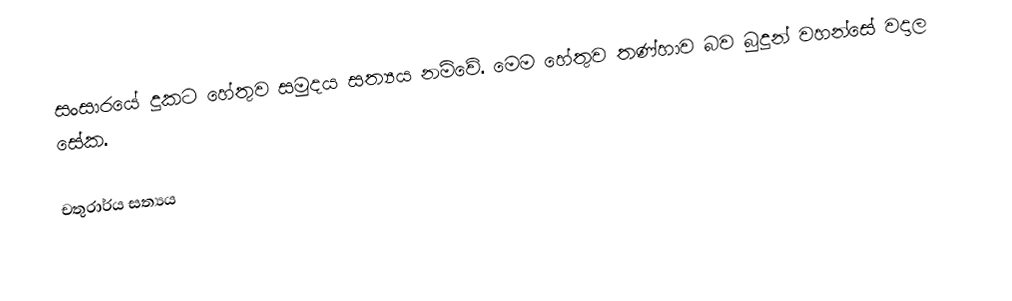
සංසාරයේ දුකට හේතුව සමුදය සත්‍යය නම්වේ. මෙම හේතුව තණ්හාව බව බුදුන් වහන්සේ වදාල සේක.

චතුරාර්ය සත්‍යය